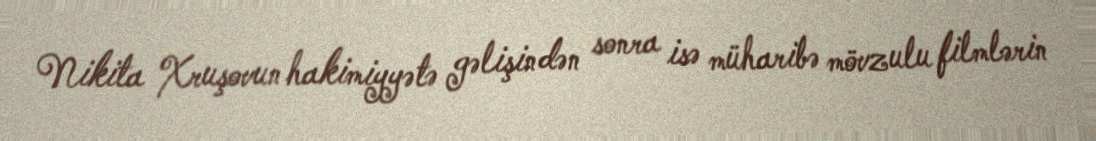
Nikita Xruşovun hakimiyyətə gəlişindən sonra isə müharibə mövzulu filmlərin